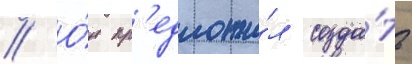
// О́н пр'едложи́л созда́ть